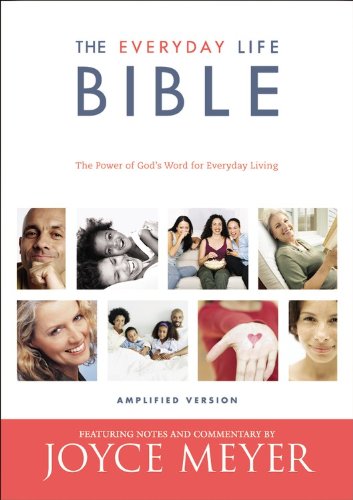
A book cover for The Everyday Life Bible: The Power of God's Word for Everyday Living; Joyce Meyer; Christian Books & Bibles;